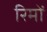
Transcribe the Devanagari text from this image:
रिमों